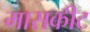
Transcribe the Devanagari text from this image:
मासकीट